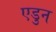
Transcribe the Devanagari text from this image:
एडुन